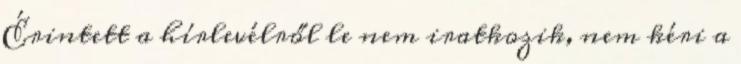
Érintett a hírlevélről le nem iratkozik, nem kéri a